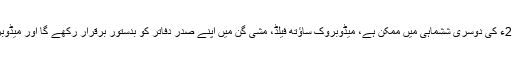
مالی سودے کی تکمیل کے بعد، جو 2015ء کی دوسری ششماہی میں ممکن ہے، میڈوبروک ساؤتھ فیلڈ، مشی گن میں اپنے صدر دفاتر کو بدستور برقرار رکھے گا اور میڈوبروک کے برانڈ نام کے ساتھ کام کرے گا۔